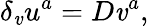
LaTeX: \delta_{\mathit{v}}u^{a}=D\mathit{v}^{a},